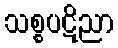
သစ္စပဋိညာ